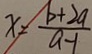
x = \frac { b + 2 a } { a - 1 }